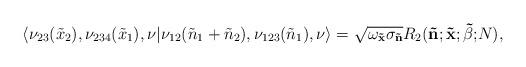
LaTeX: \begin{gather*}\langle \nu_{23}(\tilde{x}_2), \nu_{234}(\tilde{x}_1), \nu |\nu_{12}(\tilde{n}_1+\tilde{n}_2), \nu_{123}(\tilde{n}_1),\nu \rangle=\sqrt{\omega_{{\bf \tilde x}}\sigma_{\bf \tilde{n}}}{R}_2 ({\bf \tilde{n}; \tilde{x}; \tilde{\beta}; }N ),\end{gather*}